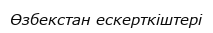
Өзбекстан ескерткіштері